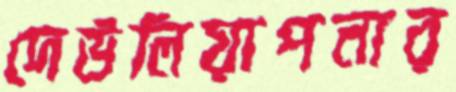
দেউলিয়াপনার